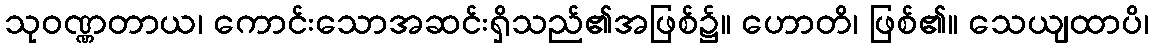
သုဝဏ္ဏတာယ၊ ကောင်းသောအဆင်းရှိသည်၏အဖြစ်၌။ ဟောတိ၊ ဖြစ်၏။ သေယျထာပိ၊